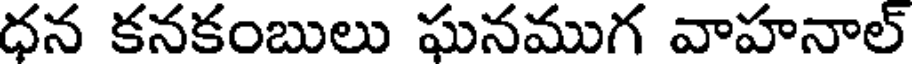
ధన కనకంబులు ఘనముగ వాహనాల్